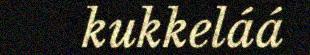
kukkeláá